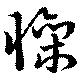
懆